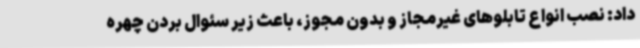
داد: نصب انواع تابلوهای غیرمجاز و بدون مجوز، باعث زیر سئوال بردن چهره